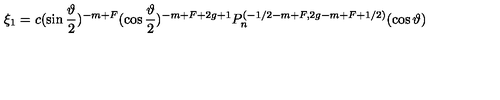
\xi _ { 1 } = c ( \sin \frac \vartheta 2 ) ^ { - m + F } ( \cos \frac \vartheta 2 ) ^ { - m + F + 2 g + 1 } P _ { n } ^ { ( - 1 / 2 - m + F , 2 g - m + F + 1 / 2 ) } ( \cos \vartheta )